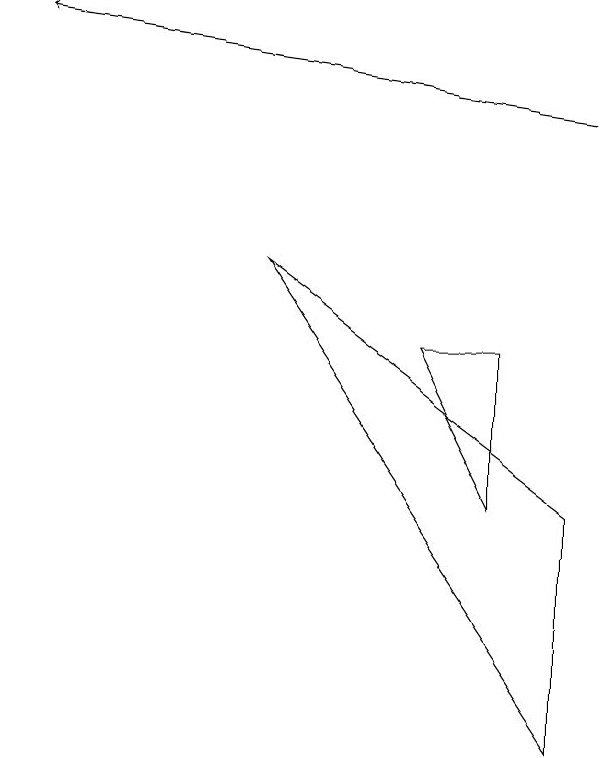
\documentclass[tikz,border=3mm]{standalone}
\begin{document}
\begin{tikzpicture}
\draw (7,8) -- (7,6) -- (6,8) -- cycle;
\draw (8,6) -- (4,9) -- (8,3) -- cycle;
\draw[->] (8,11) -- (1,12);
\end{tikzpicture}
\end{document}